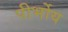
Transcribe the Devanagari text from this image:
पीर्भोय